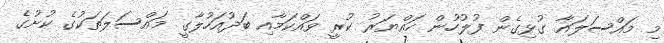
މި މައްސަލައާ ގުޅިގެން ފުލުހުން ހައްޔަރު ކުރީ ވައްކަމާއި ބަދުއަހުލާގީ މައްސަލަތަކުގެ ކުށުގެ